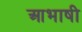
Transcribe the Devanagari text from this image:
आभाषी